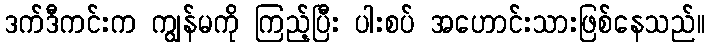
ဒက်ဒီကင်းက ကျွန်မကို ကြည့်ပြီး ပါးစပ် အဟောင်းသားဖြစ်နေသည်။